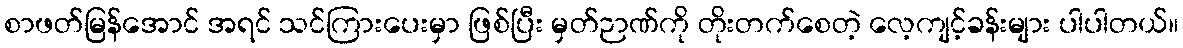
စာဖတ်မြန်အောင် အရင် သင်ကြားပေးမှာ ဖြစ်ပြီး မှတ်ဉာဏ်ကို တိုးတက်စေတဲ့ လေ့ကျင့်ခန်းများ ပါပါတယ်။